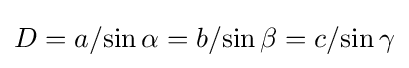
D=a/{\sin \alpha }=b/{\sin \beta }=c/{\sin \gamma }